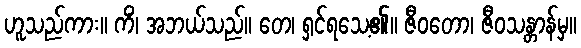
ဟူသည်ကား။ ကိံ၊ အဘယ်သည်။ တေ၊ ရှင်ရသေ့၏။ ဇီဝတော၊ ဇီဝသန္တာန်မှ။